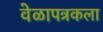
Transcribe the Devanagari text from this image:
वेळापत्रकला